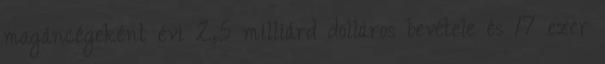
magáncégeként évi 2,5 milliárd dolláros bevétele és 17 ezer